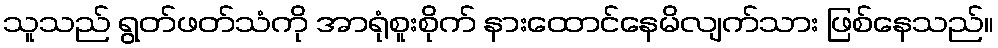
သူသည် ရွတ်ဖတ်သံကို အာရုံစူးစိုက် နားထောင်နေမိလျက်သား ဖြစ်နေသည်။